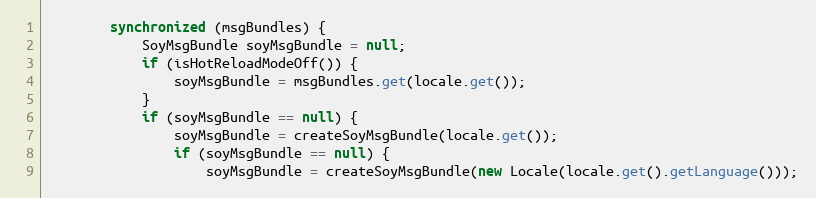
Language: Java
        synchronized (msgBundles) {
            SoyMsgBundle soyMsgBundle = null;
            if (isHotReloadModeOff()) {
                soyMsgBundle = msgBundles.get(locale.get());
            }
            if (soyMsgBundle == null) {
                soyMsgBundle = createSoyMsgBundle(locale.get());
                if (soyMsgBundle == null) {
                    soyMsgBundle = createSoyMsgBundle(new Locale(locale.get().getLanguage()));